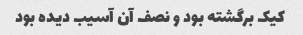
کیک برگشته بود و نصف آن آسیب دیده بود